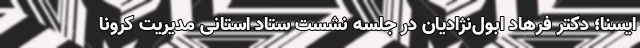
ایسنا؛ دکتر فرهاد ابول‌نژادیان در جلسه نشست ستاد استانی مدیریت کرونا